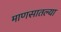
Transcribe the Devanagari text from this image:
माणसातल्या